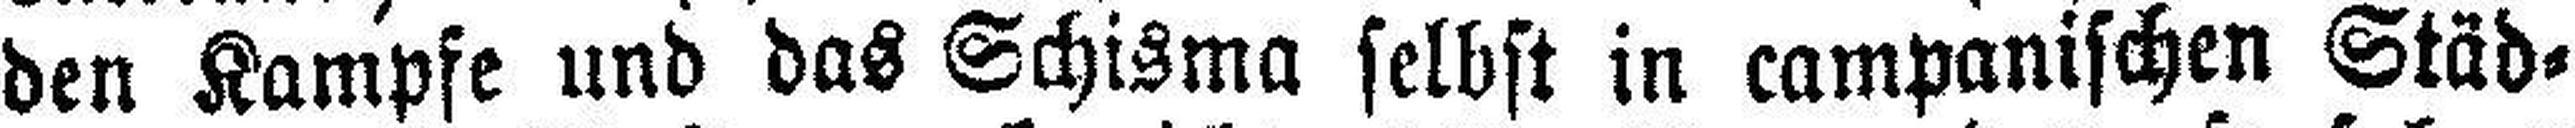
den Kampfe und das Schisma selbst in campanischen Städ¬